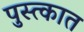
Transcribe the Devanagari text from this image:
पुस्त्कात